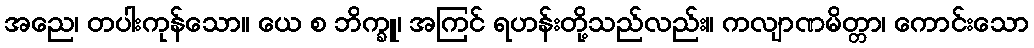
အညေ၊ တပါးကုန်သော။ ယေ စ ဘိက္ခူ၊ အကြင် ရဟန်းတို့သည်လည်း။ ကလျာဏမိတ္တာ၊ ကောင်းသော